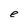
Character: e